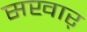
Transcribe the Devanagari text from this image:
सखार्